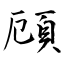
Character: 頋